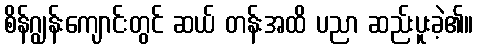
စိန်ဂျွန်းကျောင်းတွင် ဆယ် တန်းအထိ ပညာ ဆည်းပူးခဲ့၏။